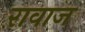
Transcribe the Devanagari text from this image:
रावाज